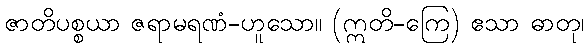
ဇာတိပစ္စယာ ဇရာမရဏံ-ဟူသော။ (ဣတိ-ကြေ) ဧသာ ဓာတု၊